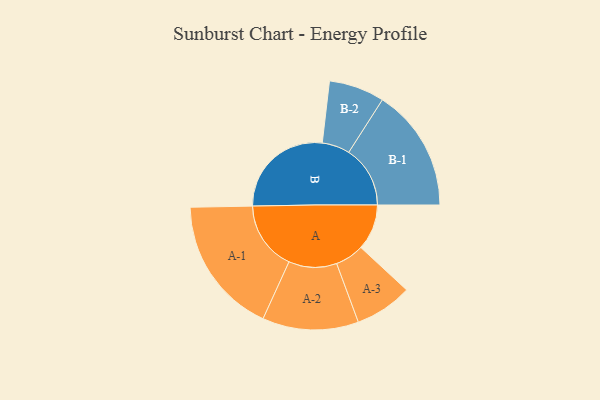
{"axis": {"x": "Segment", "y": "Value"}, "legend": ["", "A", "B"], "data": [{"x": "A", "y": 188, "type": ""}, {"x": "B", "y": 429, "type": ""}, {"x": "A-1", "y": 283, "type": "A"}, {"x": "A-2", "y": 197, "type": "A"}, {"x": "A-3", "y": 118, "type": "A"}, {"x": "B-1", "y": 252, "type": "B"}, {"x": "B-2", "y": 114, "type": "B"}]}